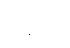
ဗဒ္ဓါတိ